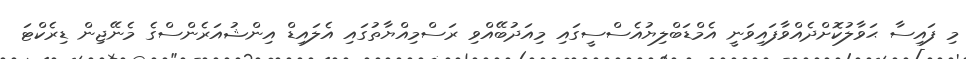
މި ފައިސާ ޙަވާލުކޮށްދެއްވާފައިވަނީ އެމްޑަބްލިޔުއެސްސީގައި މިއަދުބޭއްވި ރަސްމިއްޔާތުގައި އެލައިޑް އިންޝުއަރެންސްގެ މެނޭޖިން ޑިރެކްޓަ